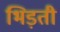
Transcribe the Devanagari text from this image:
भिड़ती